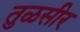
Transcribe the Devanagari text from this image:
तुळसीर